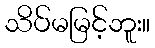
သိပ်မမြင့်ဘူး။